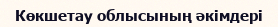
Көкшетау облысының әкімдері